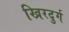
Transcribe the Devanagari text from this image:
खिरदुर्ग